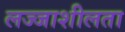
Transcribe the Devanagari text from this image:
लज्जाशीलता